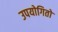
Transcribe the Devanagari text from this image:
उपयोगितो